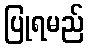
ပြုရမည်